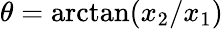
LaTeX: \theta=\arctan(x_{2}/x_{1})